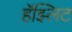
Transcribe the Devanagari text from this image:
हॅझ्लिट